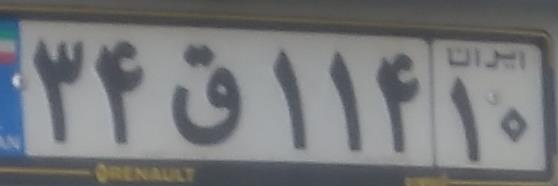
۳۴ق۱۱۴۱۰